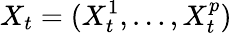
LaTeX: X_{t}=(X_{t}^{1},\ldots,X_{t}^{p})